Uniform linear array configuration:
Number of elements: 64
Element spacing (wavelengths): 0.75
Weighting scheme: kaiser
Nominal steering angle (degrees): -15
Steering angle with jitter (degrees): -15.684
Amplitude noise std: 0.05
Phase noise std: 0.05

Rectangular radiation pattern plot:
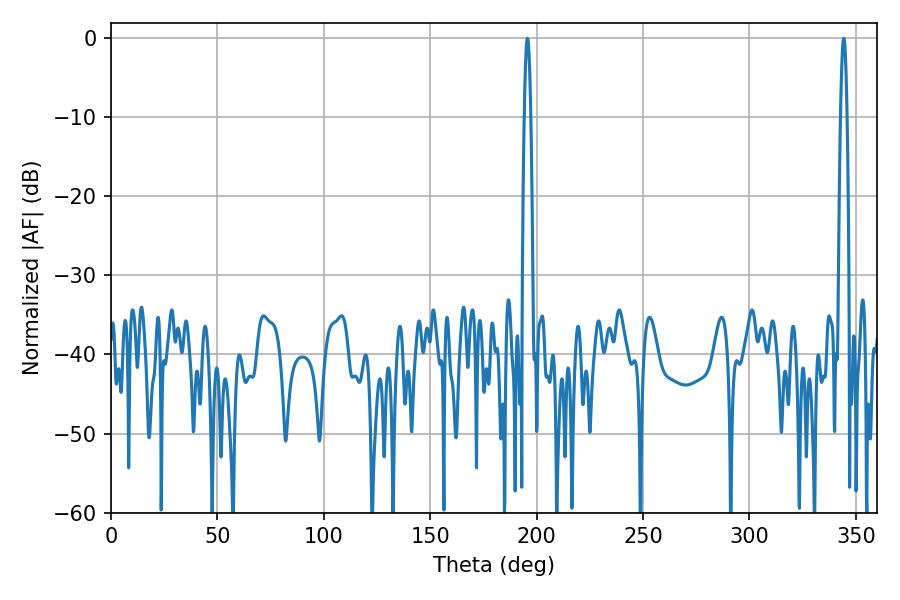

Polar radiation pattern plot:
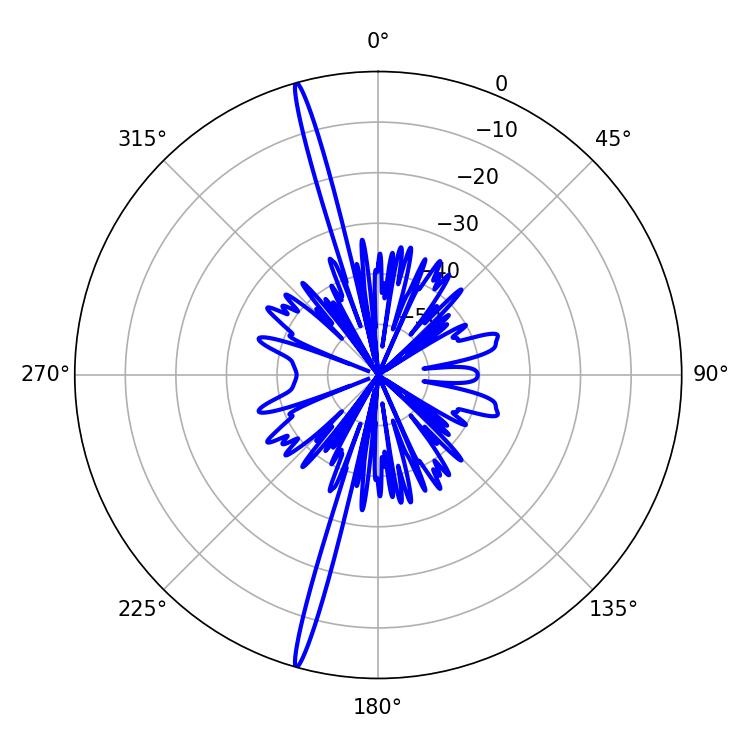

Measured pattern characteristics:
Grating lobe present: TRUE
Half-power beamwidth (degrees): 1.62
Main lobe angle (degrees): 195.66